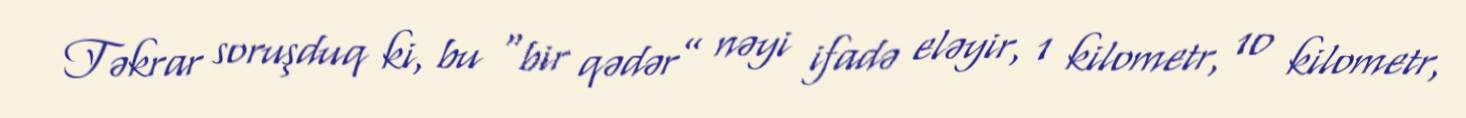
Təkrar soruşduq ki, bu “bir qədər” nəyi ifadə eləyir, 1 kilometr, 10 kilometr,